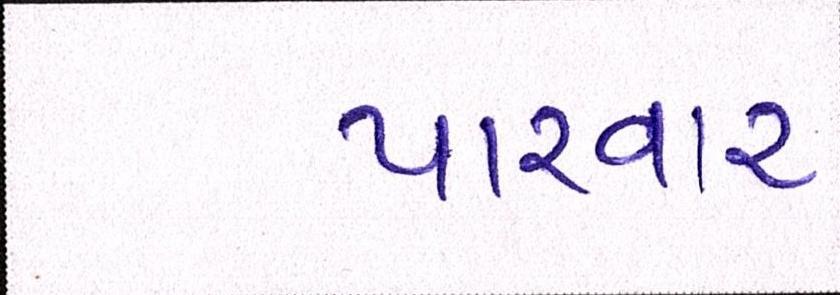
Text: પારવાર